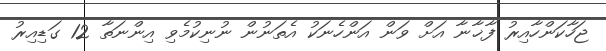
ޖަހާކަންހާއިރު ފާޚާނާ އަށް ވަން އަންހެނަކު އެތަނުން ނުނިކުމެވި އިންނަތާ 12 ގަޑިއިރު